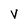
Character: V